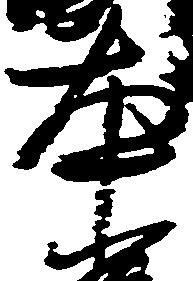
本